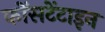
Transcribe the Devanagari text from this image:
कोंसटेंटाइन